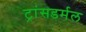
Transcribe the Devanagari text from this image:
ट्रांसडर्मल